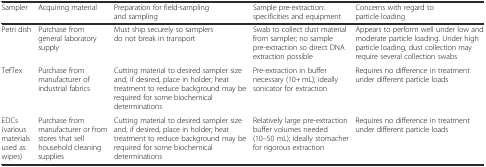
<table><thead><tr><td><b>Sampler</b></td><td><b>Acquiring material</b></td><td><b>Preparation for field-sampling and sampling</b></td><td><b>Sample pre-extraction: specificities and equipment</b></td><td><b>Concerns with regard to particle loading</b></td></tr></thead><tbody><tr><td>Petri dish</td><td>Purchase from general laboratory supply</td><td>Must ship securely so samplers do not break in transport</td><td>Swab to collect dust material from sampler; no sample pre-extraction so direct DNA extraction possible</td><td>Appears to perform well under low and moderate particle loading. Under high particle loading, dust collection may require several collection swabs</td></tr><tr><td>TefTex</td><td>Purchase from manufacturer of industrial fabrics</td><td>Cutting material to desired sampler size and, if desired, place in holder; heat treatment to reduce background may be required for some biochemical determinations</td><td>Pre-extraction in buffer necessary (10+ mL); ideally sonicator for extraction</td><td>Requires no difference in treatment under different particle loads</td></tr><tr><td>EDCs (various materials used as wipes)</td><td>Purchase from manufacturer or from stores that sell household cleaning supplies</td><td>Cutting material to desired sampler size and, if desired, place in holder; heat treatment to reduce background may be required for some biochemical determinations</td><td>Relatively large pre-extraction buffer volumes needed (10–50 mL); ideally stomacher for rigorous extraction</td><td>Requires no difference in treatment under different particle loads</td></tr></tbody></table>